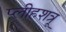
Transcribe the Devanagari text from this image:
प्लीहशत्रू